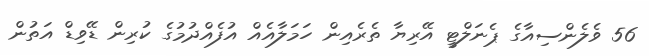
56 ވެލެންސިއާގެ ޕެނަލްޓީ އޭރިޔާ ތެރެއިން ހަމަލާއެއް އުފެއްދުމުގެ ކުރިން ޑޭވިޑް އަތުން